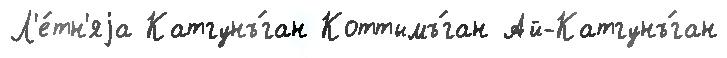
Л'е́тн'яjа Катгунъ́ган Коттымъ́ган Ай-Катгунъ́ган